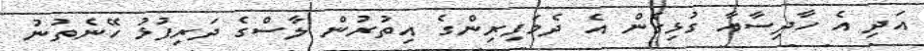
އަދި އެ ހާދިސާއާ ގުޅިގެން އެ ދެމަފިރިންގެ އިތުރުން ލާސްގެ ދަރިފުޅު ހޭނެތުނު